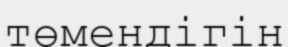
төмендігін